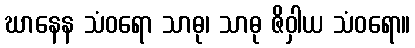
ဃာနေန သံဝရော သာဓု၊ သာဓု ဇိဝှါယ သံဝရော။